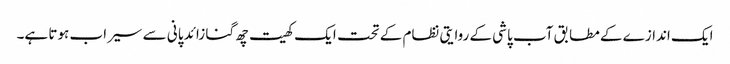
ایک اندازے کے مطابق آب پاشی کے روایتی نظام کے تحت ایک کھیت چھ گنا زائد پانی سے سیراب ہوتا ہے۔